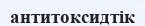
антитоксидтік